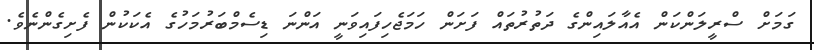
ގަމަށް ސްރީލަންކަން އެއާލައިންގެ ދަތުުރުތައް ފަށަން ހަމަޖެހިފައިވަނީ އަންނަ ޑިސެމްބަރުމަހުގެ އެކަކުން ފެށިގެންނެވެ.